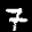
Label: 7